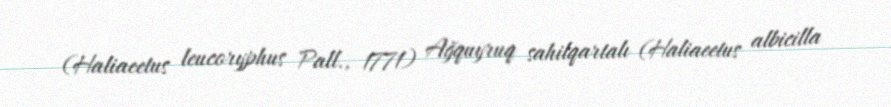
(Haliaeetus leucoryphus Pall., 1771) Ağquyruq sahilqartalı (Haliaeetus albicilla